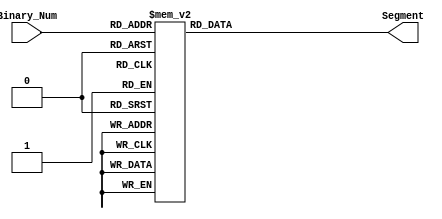
module bcd_7Segment
  (

   input [3:0] Binary_Num,
   output [6:0]     Segment

   );

  reg [6:0] Segment;
  always @(Binary_Num)
    begin
      case (Binary_Num)
            0 : Segment = 7'b1111110;
            1 : Segment = 7'b0110000;
            2 : Segment = 7'b1101101;
            3 : Segment = 7'b1111001;
            4 : Segment = 7'b0110011;
            5 : Segment = 7'b1011011;
            6 : Segment = 7'b1011111;
            7 : Segment = 7'b1110000;
            8 : Segment = 7'b1111111;
            9 : Segment = 7'b1111011;
            default : Segment = 7'b000000;
      endcase
    end



endmodule